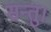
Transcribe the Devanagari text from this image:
सन्तु।